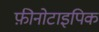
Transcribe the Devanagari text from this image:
फ़ीनोटाइपिक